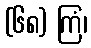
(၆၈) ကြံ၊